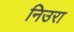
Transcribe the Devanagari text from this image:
निउरा